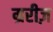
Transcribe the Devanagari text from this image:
म्ररीज़